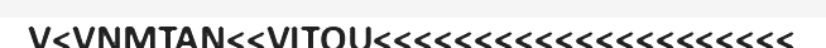
V<VNMTAN<<VITOU<<<<<<<<<<<<<<<<<<<<<